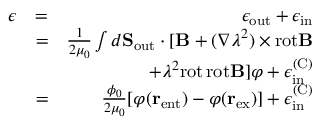
\begin{array} { r l r } { \epsilon } & { = } & { \epsilon _ { \mathrm { o u t } } + \epsilon _ { \mathrm { i n } } } \\ & { = } & { \frac { 1 } { 2 \mu _ { 0 } } \int d { \bf S } _ { \mathrm { o u t } } \cdot [ { \bf B } + ( \nabla \lambda ^ { 2 } ) \times \mathrm { r o t } { \bf B } } \\ & { } & { + \lambda ^ { 2 } \mathrm { r o t } \, \mathrm { r o t } { \bf B } ] \varphi + \epsilon _ { \mathrm { i n } } ^ { \mathrm { ( C ) } } } \\ & { = } & { \frac { \phi _ { 0 } } { 2 \mu _ { 0 } } [ \varphi ( { \bf r } _ { \mathrm { e n t } } ) - \varphi ( { \bf r } _ { \mathrm { e x } } ) ] + \epsilon _ { \mathrm { i n } } ^ { \mathrm { ( C ) } } } \end{array}